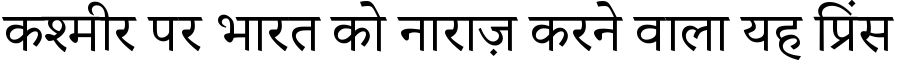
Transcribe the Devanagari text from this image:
कश्मीर पर भारत को नाराज़ करने वाला यह प्रिंस